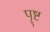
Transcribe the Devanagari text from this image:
पॄष्ट